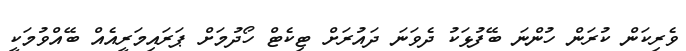
ވެރިކަން ކުރަން ހުންނަ ބޭފުޅަކު ދެވަނަ ދައުރަށް ޓިކެޓް ހޯދުމަށް ޕަރައިމަރީއެއް ބޭއްވުމަކީ